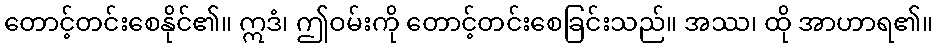
တောင့်တင်းစေနိုင်၏။ ဣဒံ၊ ဤဝမ်းကို တောင့်တင်းစေခြင်းသည်။ အဿ၊ ထို အာဟာရ၏။